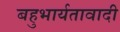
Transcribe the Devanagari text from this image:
बहुभार्यतावादी